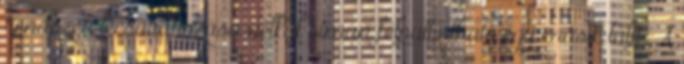
rendszer lecsavarozása nélkül simán felpattintható egy másik talp. A